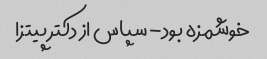
خوشمزه بود- سپاس از دکتر پیتزا